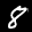
Label: 8